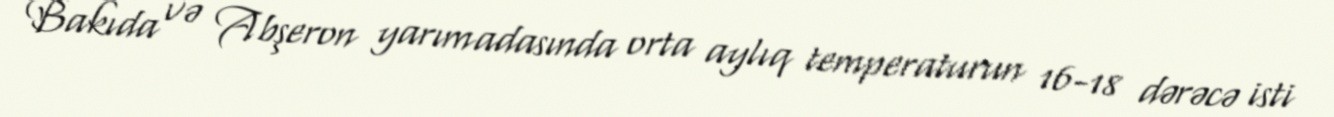
Bakıda və Abşeron yarımadasında orta aylıq temperaturun 16-18 dərəcə isti